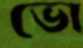
ভো